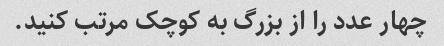
چهار عدد را از بزرگ به کوچک مرتب کنید.